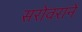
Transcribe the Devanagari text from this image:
सरोवराने